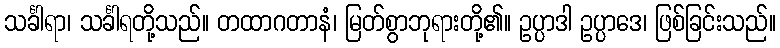
သင်္ခါရာ၊ သင်္ခါရတို့သည်။ တထာဂတာနံ၊ မြတ်စွာဘုရားတို့၏။ ဥပ္ပာဒါ ဥပ္ပာဒေ၊ ဖြစ်ခြင်းသည်။